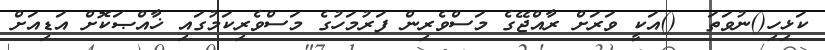
ކަޅިހި()ނުވަތަ  ()އަކީ ވަރަށް ރާއްޖޭގެ މަސްވެރިން ފަރުމަހުގެ މަސްވެރިކަމުގައި ޚާއްޞަކޮށް އަޑިއަށް